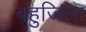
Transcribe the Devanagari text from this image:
बहुजिला